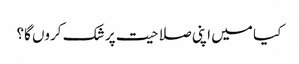
کیا میں اپنی صلاحیت پر شک کروں گا؟